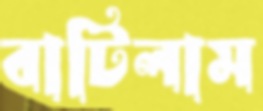
বাটিলাম